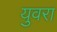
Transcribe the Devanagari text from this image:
युवरा